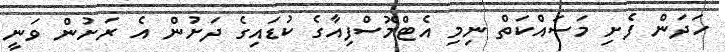
ހަދަން ފެށި މަސައްކަތް ނިމި އެޓްމޮސްފިއާގެ ކުޑައިގެ ދަށުން އެ ރަށުން ވަނީ